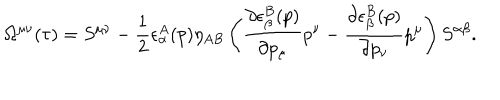
LaTeX: \Omega ^ { \mu \nu } ( \tau ) = S ^ { \mu \nu } - \frac { 1 } { 2 } \epsilon _ { \alpha } ^ { A } ( p ) \eta _ { A B } \left( \frac { \partial \epsilon _ { \beta } ^ { B } ( p ) } { \partial p _ { \mu } } p ^ { \nu } - \frac { \partial \epsilon _ { \beta } ^ { B } ( p ) } { \partial p _ { \nu } } p ^ { \mu } \right) S ^ { \alpha \beta } .